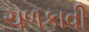
ચળકાવી